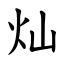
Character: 灿